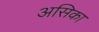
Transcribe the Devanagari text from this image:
असिका